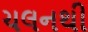
ચલનથી